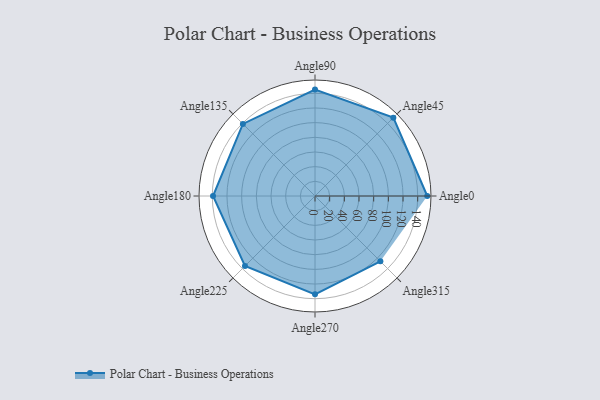
{"axis": {"x": "Angle", "y": "Radius"}, "legend": [""], "data": [{"x": "Angle0", "y": 153.0, "type": ""}, {"x": "Angle45", "y": 151.0, "type": ""}, {"x": "Angle90", "y": 145.0, "type": ""}, {"x": "Angle135", "y": 139.0, "type": ""}, {"x": "Angle180", "y": 139.0, "type": ""}, {"x": "Angle225", "y": 135.0, "type": ""}, {"x": "Angle270", "y": 134.0, "type": ""}, {"x": "Angle315", "y": 126.0, "type": ""}]}